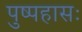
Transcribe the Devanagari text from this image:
पुष्पहासः